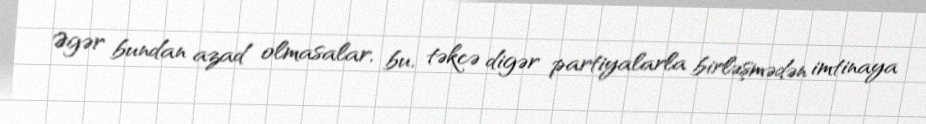
Əgər bundan azad olmasalar, bu, təkcə digər partiyalarla birləşmədən imtinaya